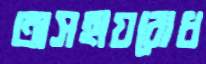
অসহায়বোধ